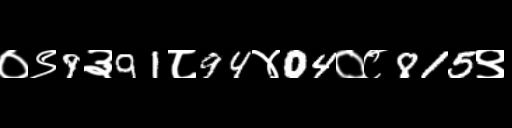
Text: ०९9३91८94४04०८815९